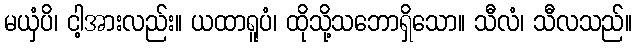
မယှံပိ၊ ငါ့အားလည်း။ ယထာရူပံ၊ ထိုသို့သဘောရှိသော။ သီလံ၊ သီလသည်။